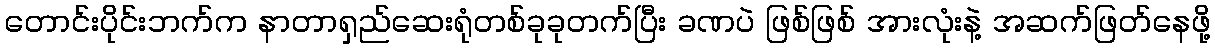
တောင်းပိုင်းဘက်က နာတာရှည်ဆေးရုံတစ်ခုခုတက်ပြီး ခဏပဲ ဖြစ်ဖြစ် အားလုံးနဲ့ အဆက်ဖြတ်နေဖို့